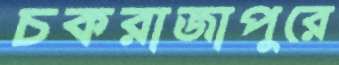
চকরাজাপুরে